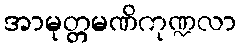
အာမုတ္တမဏိကုဏ္ဍလာ